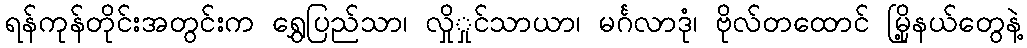
ရန်ကုန်တိုင်းအတွင်းက ရွှေပြည်သာ၊ လှိုှုင်သာယာ၊ မင်္ဂလာဒုံ၊ ဗိုလ်တထောင် မြို့နယ်တွေနဲ့